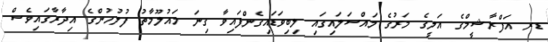
ޑރ އަފްރާޝީމްގެ އަލީގެ މަރުގެ މައްސަލައިގައި ލިބިވަޑައިގެންފައިވާ ގިނަ މައުލޫމާތު ފުލުހުންގެ އިދާރާގައިވެސް